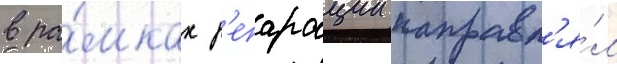
в ра́мках р'епарации направл'я́л